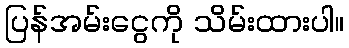
ပြန်အမ်းငွေကို သိမ်းထားပါ။